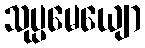
သုပ္ပမေယျော